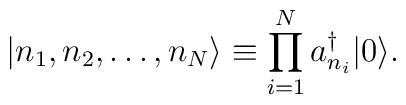
|n_1,n_2,\dots,n_N \rangle \equiv   \prod_{i=1}^N a_{n_i}^\dagger |0 \rangle.